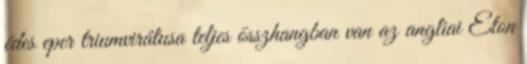
édes eper triumvirátusa teljes összhangban van az angliai Eton